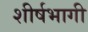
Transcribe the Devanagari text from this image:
शीर्षभागी